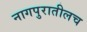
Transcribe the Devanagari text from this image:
नागपुरातीलच